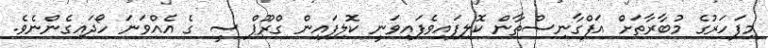
މިފަހަރުގެ މުބާރާތަށް އަފްގާނިސްތާން ކޮލިފައިވެފައިވަނީ ކޮލިފައިން ގްރޫޕް ސީ ގެ އެއްވަނަ ހޯދައިގެންނެވެ.